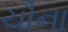
ચૌના